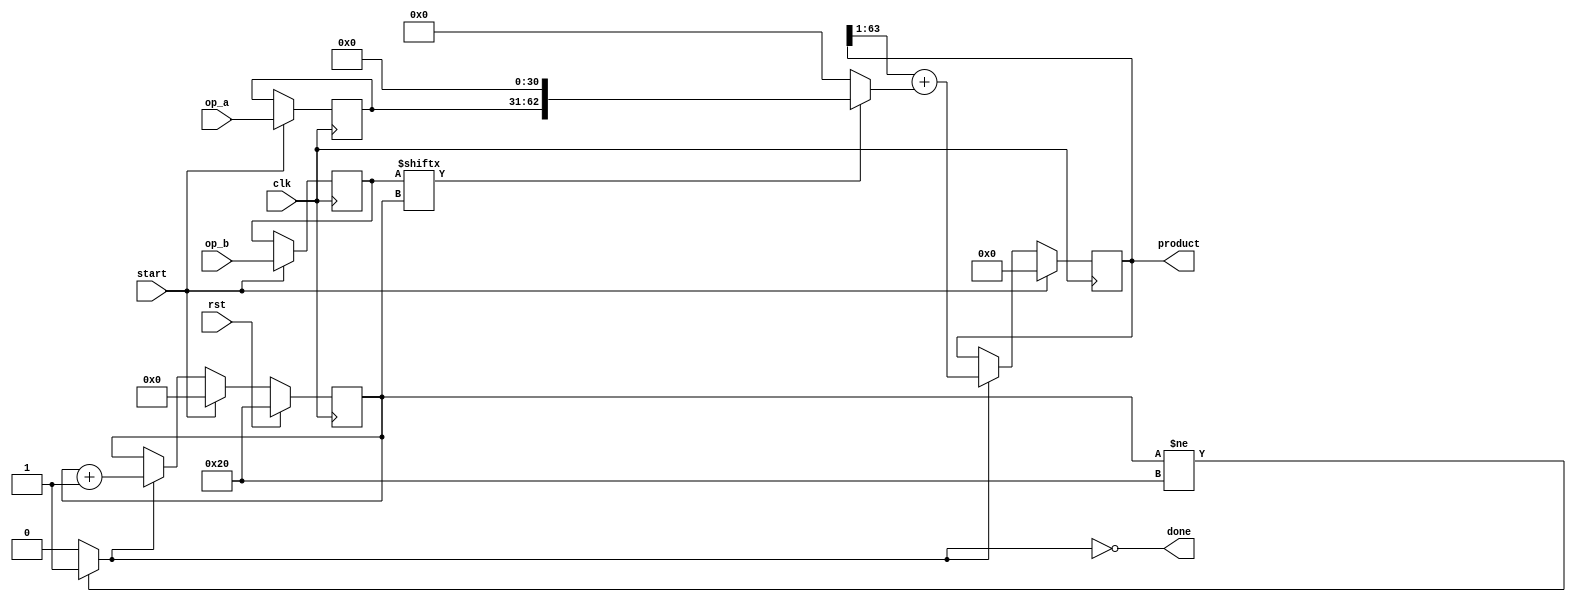
`timescale 1ns / 1ps

module xmul_serial # (
                      parameter DATA_W = 32
                      )
   (
    input                     clk,
    input                     rst,

    input                     start,
    output                    done,

    input [DATA_W-1:0]        op_a,
    input [DATA_W-1:0]        op_b,
    output reg [2*DATA_W-1:0] product
    );

   reg [$clog2(DATA_W):0]   counter;
   wire                     en = (counter != DATA_W)? 1'b1: 1'b0;

   assign done = ~en;

   always @ (posedge clk) begin
      if (rst) begin
         counter <= DATA_W;
      end else if (start) begin
         counter <= 0;
      end else if (en) begin
         counter <= counter + 1'b1;
      end
   end

   reg [DATA_W-1:0] op_a_reg;
   reg [DATA_W-1:0] op_b_reg;

   always @ (posedge clk) begin
      if (start) begin
         op_a_reg <= op_a;
         op_b_reg <= op_b;
      end
   end

   always @ (posedge clk) begin
     if (start) begin
        product <= 0;
     end else if(en) begin 
        product <= (product>>1) + (op_b_reg[counter]? op_a_reg<<(DATA_W-1): 0);
     end
   end

endmodule